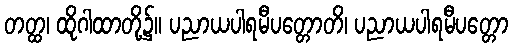
တတ္ထ၊ ထိုဂါထာတို့၌။ ပညာယပါရမီပတ္တောတိ၊ ပညာယပါရမီပတ္တော